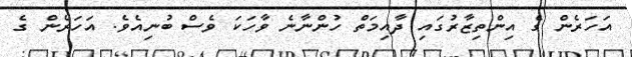
އަހަރެން ގެ އިންތިޒާރުގައި ދާއިމަތް ހުންނާނެ ވާހަކަ ވެސް ބުނިއެވެ. އަހަރެން ގެ